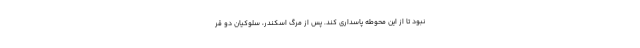
نبود تا از این محوطه پاسداری کند. پس از مرگ اسکندر، سلوکیان دو قر